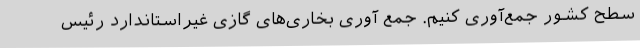
سطح کشور جمع‌آوری کنیم. جمع آوری بخاری‌های گازی غیراستاندارد رئیس